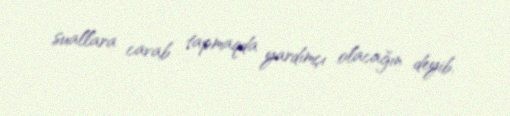
suallara cavab tapmaqda yardımçı olacağın deyib.